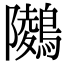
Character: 𪅋